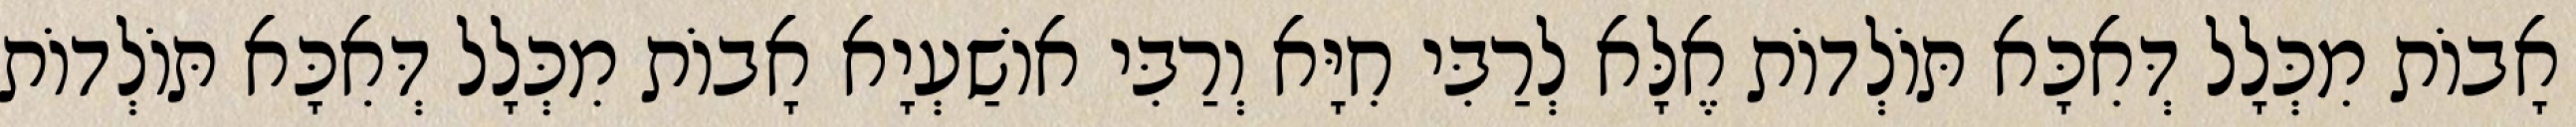
אָבוֹת מִכְּלָל דְּאִכָּא תּוֹלְדוֹת אֶלָּא לְרַבִּי חִיָּא וְרַבִּי אוֹשַׁעְיָא אָבוֹת מִכְּלָל דְּאִכָּא תּוֹלְדוֹת